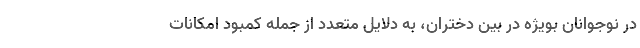
در نوجوانان بویژه در بین دختران، به دلایل متعدد از جمله کمبود امکانات